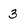
Character: 3